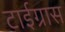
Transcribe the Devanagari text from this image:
टाईग्रास